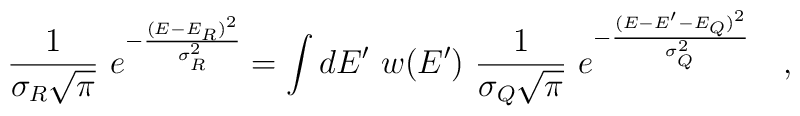
{1\over \sigma_R\sqrt{\pi}}~e^{-{(E-E_R)^2\over \sigma_R^2}}=\int dE'~ w(E')~ {1\over \sigma_Q\sqrt{\pi}}~e^{-{(E-E'-E_Q)^2\over \sigma_Q^2}}~~~,